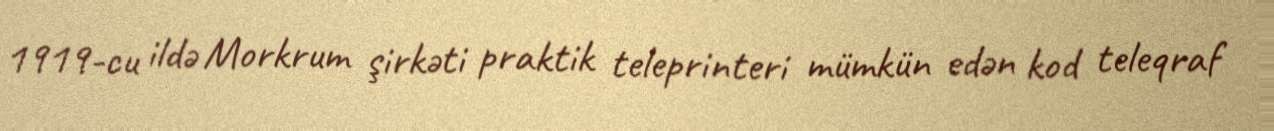
1919-cu ildə Morkrum şirkəti praktik teleprinteri mümkün edən kod teleqraf